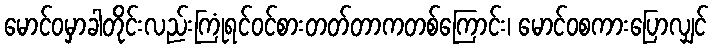
မောင်ဝမှာခါတိုင်းလည်းကြုံရင်ဝင်စားတတ်တာကတစ်ကြောင်း၊ မောင်ဝစကားပြောလျှင်